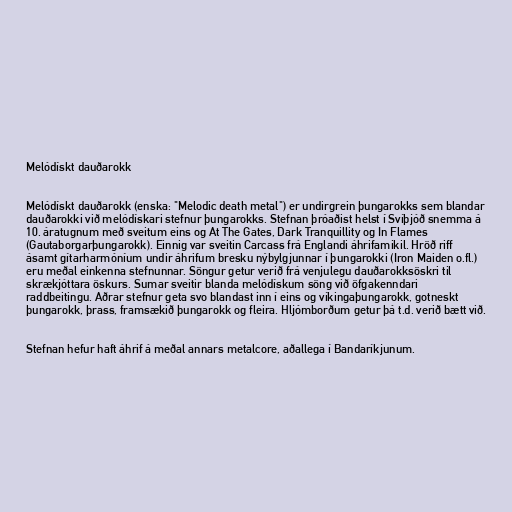
Melódískt dauðarokk

Melódískt dauðarokk (enska: "Melodic death metal") er undirgrein þungarokks sem blandar
dauðarokki við melódískari stefnur þungarokks. Stefnan þróaðist helst í Svíþjóð snemma á
10. áratugnum með sveitum eins og At The Gates, Dark Tranquillity og In Flames
(Gautaborgarþungarokk). Einnig var sveitin Carcass frá Englandi áhrifamikil. Hröð riff
ásamt gítarharmóníum undir áhrifum bresku nýbylgjunnar í þungarokki (Iron Maiden o.fl.)
eru meðal einkenna stefnunnar. Söngur getur verið frá venjulegu dauðarokksöskri til
skrækjóttara öskurs. Sumar sveitir blanda melódískum söng við öfgakenndari
raddbeitingu. Aðrar stefnur geta svo blandast inn í eins og víkingaþungarokk, gotneskt
þungarokk, þrass, framsækið þungarokk og fleira. Hljómborðum getur þá t.d. verið bætt við.

Stefnan hefur haft áhrif á meðal annars metalcore, aðallega í Bandaríkjunum.